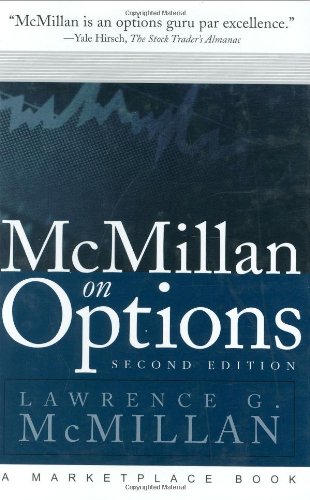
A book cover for McMillan on Options; Lawrence G. McMillan; Business & Money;